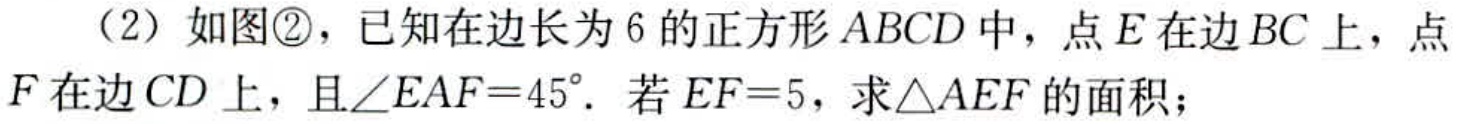
（2）如图\textcircled{2}，已知在边长为6的正方形\(ABCD\)中，点\(E\)在边\(BC\)上，点\(F\)在边\(CD\)上，且\(\angle EAF = 45^{\circ}\). 若\(EF = 5\)，求\(\triangle AEF\)的面积；